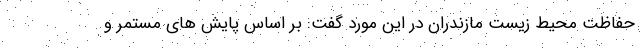
حفاظت محیط زیست مازندران در این مورد گفت: بر اساس پایش های مستمر و